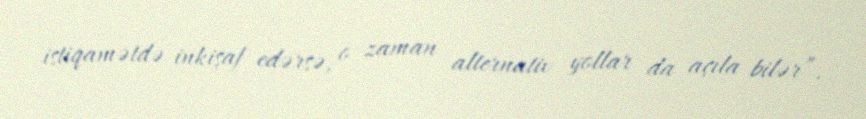
istiqamətdə inkişaf edərsə, o zaman alternativ yollar da açıla bilər”.